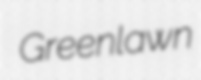
Greenlawn